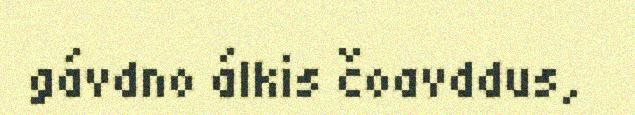
gávdno álkis čoavddus,